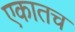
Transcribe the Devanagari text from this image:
एकातच